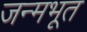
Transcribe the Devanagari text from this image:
जन्मभूत